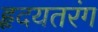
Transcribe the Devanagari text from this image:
हृदयतरंग